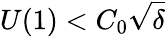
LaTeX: U(1)<C_{0}\sqrt{\delta}